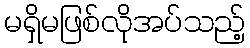
မရှိမဖြစ်လိုအပ်သည့်